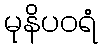
မုနိပဝရံ